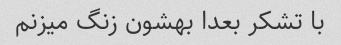
با تشکر بعدا بهشون زنگ میزنم